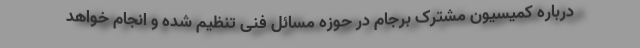
درباره کمیسیون مشترک برجام در حوزه مسائل فنی تنظیم شده و انجام خواهد